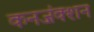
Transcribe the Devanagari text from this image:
कनजंक्शन